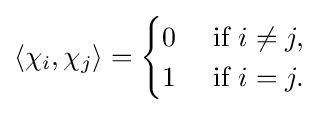
\left\langle \chi _{i},\chi _{j}\right\rangle ={\begin{cases}0&{\mbox{ if }}i\neq j,\\1&{\mbox{ if }}i=j.\end{cases}}